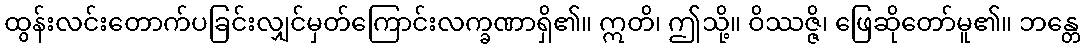
ထွန်းလင်းတောက်ပခြင်းလျှင်မှတ်ကြောင်းလက္ခဏာရှိ၏။ ဣတိ၊ ဤသို့။ ဝိဿဇ္ဇိ၊ ဖြေဆိုတော်မူ၏။ ဘန္တေ